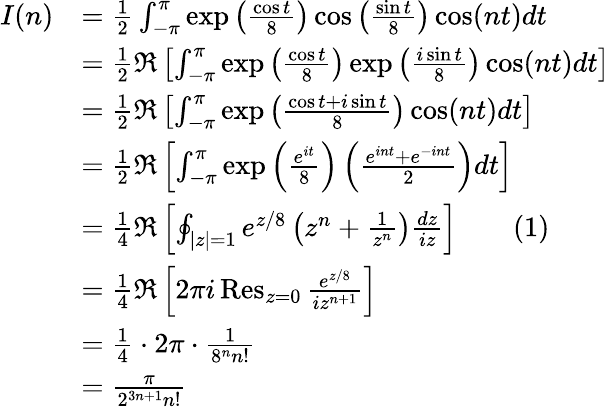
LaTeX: \begin{array}{rl}{I(n)}&{=\frac 12\int_{-\pi}^{\pi}\exp\left(\frac{\cos t}{8}\right)\cos\left(\frac{\sin t}{8}\right)\cos(nt)dt}\\ &{=\frac 12\Re\left[\int_{-\pi}^{\pi}\exp\left(\frac{\cos t}{8}\right)\exp\left(\frac{i\sin t}{8}\right)\cos(nt)dt\right]}\\ &{=\frac 12\Re\left[\int_{-\pi}^{\pi}\exp\left(\frac{\cos t+i\sin t}{8}\right)\cos(nt)dt\right]}\\ &{=\frac 12\Re\left[\int_{-\pi}^{\pi}\exp\left(\frac{e^{it}}{8}\right)\left(\frac{e^{int}+e^{-int}}2\right)dt\right]}\\ &{=\frac 14\Re\left[\oint_{|z|=1}e^{z/8}\left(z^{n}+\frac 1{z^{n}}\right)\frac{dz}{iz}\right]\qquad{(1)}}\\ &{=\frac 14\Re\left[2\pi i\operatorname*{Res}_{z=0}\frac{e^{z/8}}{iz^{n+1}}\right]}\\ &{=\frac 14\cdot 2\pi\cdot\frac 1{8^{n}n!}}\\ &{=\frac{\pi}{2^{3n+1}n!}}\end{array}